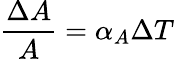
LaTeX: {\frac{\Delta A}{A}}=\alpha_{A}\Delta T